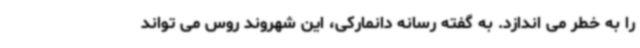
را به خطر می اندازد. به گفته رسانه دانمارکی، این شهروند روس می تواند